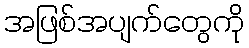
အဖြစ်အပျက်တွေကို